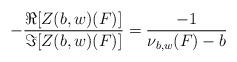
LaTeX: \begin{align*} -\frac{\Re[Z(b,w)(F)]}{\Im[Z(b,w)(F)]} = \frac{-1}{\nu_{b,w}(F) -b } \end{align*}